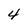
Character: 4